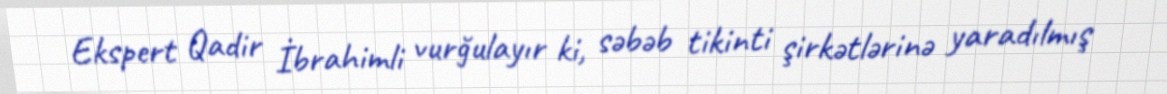
Ekspert Qadir İbrahimli vurğulayır ki, səbəb tikinti şirkətlərinə yaradılmış